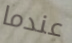
عندما